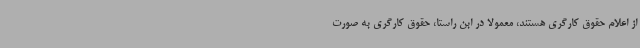
از اعلام حقوق کارگری هستند، معمولا در ابن راستا، حقوق کارگری به صورت